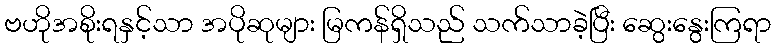
ဗဟိုအစိုးရနှင့်သာ အပိုဆုများ မြကန်ရှိသည် သက်သာခဲ့ပြီး ဆွေးနွေးကြရာ